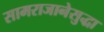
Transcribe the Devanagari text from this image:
सामराजानेसुद्धा